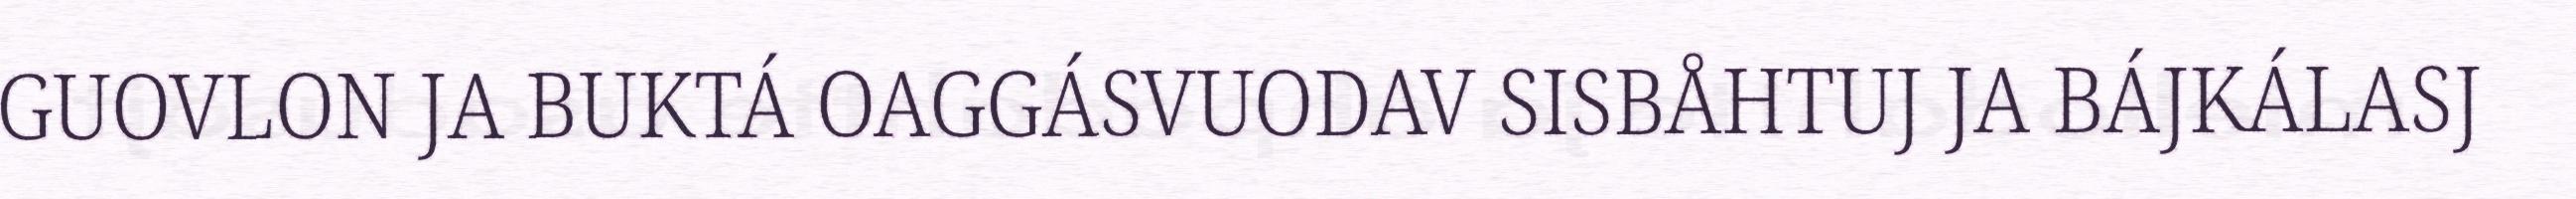
GUOVLON JA BUKTÁ OAGGÁSVUODAV SISBÅHTUJ JA BÁJKÁLASJ